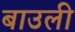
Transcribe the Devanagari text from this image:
बाउली